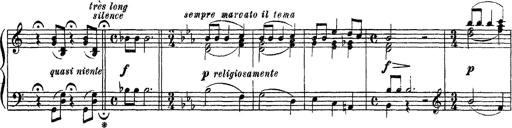
Title: Apparitions
Composer: Franz Liszt